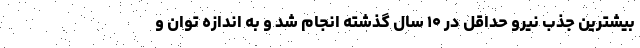
بیشترین جذب نیرو حداقل در ۱۰ سال گذشته انجام شد و به اندازه توان و